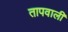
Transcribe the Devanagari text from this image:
तापवाली